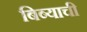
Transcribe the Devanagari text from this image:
बिब्याची